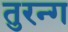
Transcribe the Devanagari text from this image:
तुरन्ग